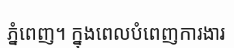
ភ្នំពេញ។ ក្នុងពេលបំពេញការងារ